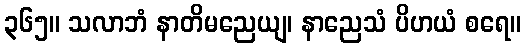
၃၆၅။ သလာဘံ နာတိမညေယျ၊ နာညေသံ ပိဟယံ စရေ။